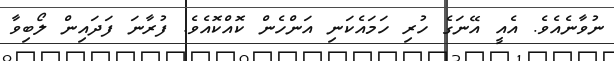
ނުވާނެއެވެ. އެއީ އޭނަގެ ހުރި ހަމައެކަނި އަންހެން ކޮއްކޮއެވެ. ފުރާނަ ފަދައިން ލޯބިވާ